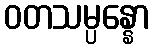
ဝတသမ္ပန္နော